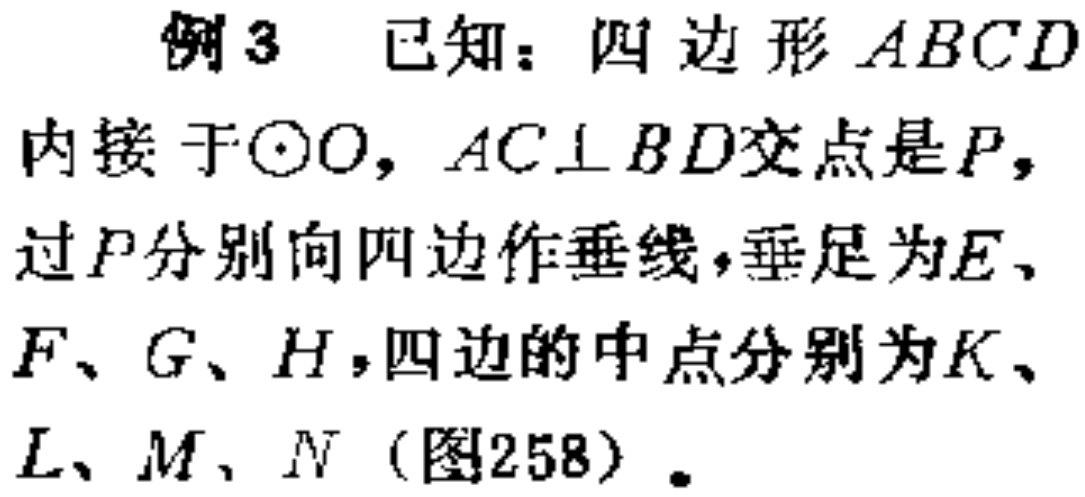
例3 已知：四边形 \(ABCD\) 内接于\(\odot O\)，\(AC\perp BD\)交点是\(P\)，过\(P\)分别向四边作垂线，垂足为\(E\)、\(F\)、\(G\)、\(H\)，四边的中点分别为\(K\)、\(L\)、\(M\)、\(N\)（图258）。